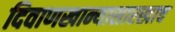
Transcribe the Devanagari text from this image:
दिवाणखान्यासारखाच